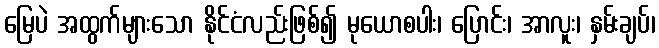
မြေပဲ အထွက်များသော နိုင်ငံလည်းဖြစ်၍ မုယောစပါး၊ ပြောင်း၊ အာလူး၊ နှမ်းချပ်၊